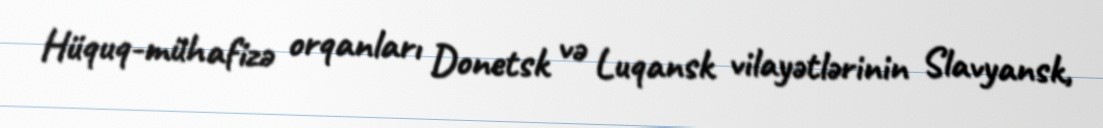
Hüquq-mühafizə orqanları Donetsk və Luqansk vilayətlərinin Slavyansk,